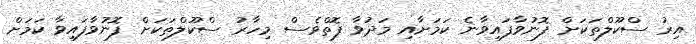
އިރު ސްކޫލްތަކަށް ފޮނުވާފައިވާނެ ކަމަށާއި މަދުވާ ފޮތްވެސް މިހާރު ސްކޫލްތަކަށް ފޮނުވާފައިވާ ކަމަށް